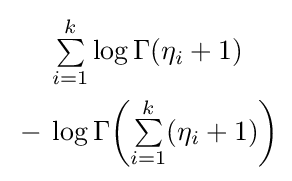
{\begin{aligned}&\textstyle \sum \limits _{i=1}^{k}\log \Gamma (\eta _{i}+1)\\{}-{}&\textstyle \log \Gamma {\left(\sum \limits _{i=1}^{k}(\eta _{i}+1)\right)}\end{aligned}}